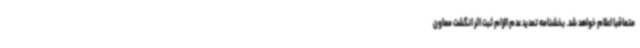
متعاقبا اعلام خواهد شد. بخشنامه تمدید عدم الزام ثبت اثر انگشت معاون